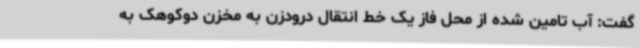
گفت: آب تامین شده از محل فاز یک خط انتقال درودزن به مخزن دوکوهک به